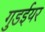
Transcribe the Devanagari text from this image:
गुडईयर